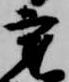
秉